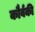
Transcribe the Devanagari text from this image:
कौर्वकी